Leaving Certificate Examination, 1919, 1919
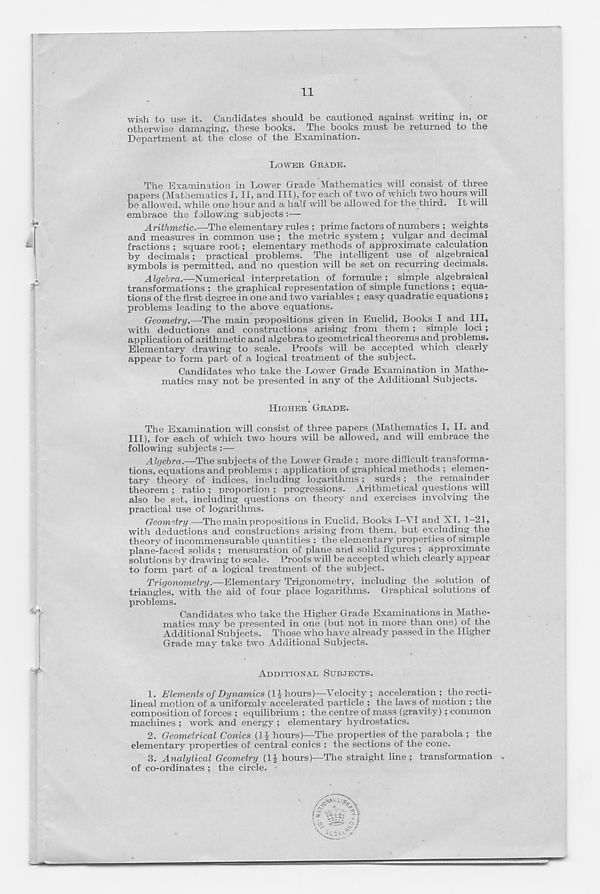
11
wish to use it. Candidates should be cautioned against writing in, or
otherwise damaging, these books. The books must be returned to the
Department at the close of the Examination.
LOWER GRADE.
The Examination in Lower Grade Mathematics will consist of three
papers (Mathematics I, II, and III), for each of two of which two hours will
be allowed, while one hour and a half will be allowed for the third. It will
embrace the following subjects:—
Arithmetic.—The elementary rules ; prime factors of numbers ; weights
and measures in common use ; the metric system ; vulgar and decimal
fractions ; square root; elementary methods of approximate calculation
by decimals; practical problems. The intelligent use of algebraical
symbols is permitted, and no question will be set on recurring decimals.
Algebra.—-Numerical interpretation of formula? ; simple algebraical
transformations ; the graphical representation of simple functions ; equa-
tions of the first degree in one and two variables ; easy quadratic equations;
problems leading to the above equations.
Geometry.—The main propositions given in Euclid, Books I and III,
with deductions and constructions arising from them ; simple loci;
application of arithmetic and algebra to geometrical theorems and problems.
Elementary drawing to scale. Proofs will be accepted which clearly
appear to form part of a logical treatment of the subject.
Candidates who take the Lower Grade Examination in Mathe-
matics may not be presented in any of the Additional Subjects.
HIGHER GRADE.
The Examination will consist of three papers (Mathematics I, II. and
III), for each of which two hours will be allowed, and will embrace the
following subjects :—
Algebra.—The subjects of the Lower Grade ; more difficult transforma-
tions, equations and problems ; application of graphical methods ; elemen-
tary theory of indices, including logarithms ; surds; the remainder
theorem ; ratio ; proportion ; progressions. Arithmetical questions will
also be set, including questions on theory and exercises involving the
practical use of logarithms.
Geometry.—The main propositions in Euclid, Books I—VI and XI, 1-21,
with deductions and constructions arising from them, but excluding the
theory of incommensurable quantities ; the elementary properties of simple
plane-faced solids ; mensuration of plane and solid figures ; approximate
solutions by drawing to scale. Proofs will be accepted which clearly appear
to form part of a logical treatment of the subject.
Trigonometry.—Elementary Trigonometry, including the solution of
triangles, with the aid of four place logarithms. Graphical solutions of
problems.
Candidates who take the Higher Grade Examinations in Mathe-
matics may be presented in one (but not in more than one) of the
Additional Subjects. Those who have already passed in the Higher
Grade may take two Additional Subjects.
ADDITIONAL SUBJECTS.
1. Elements of Dynamics (1^ hours)—Velocity; acceleration; the recti-
lineal motion of a uniformly accelerated particle ; the laws of motion ; the
composition of forces ; equilibrium ; the centre of mass (gravity) ; common
machines ; work and energy ; elementary hydrostatics.
2. Geometrical Conics (1J hours)—The properties of the parabola ; the
elementary properties of central conics ; the sections of the cone.
3. Analytical Geometry (H hours)-—The straight line; transformation .
of co-ordinates ; the circle.